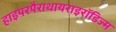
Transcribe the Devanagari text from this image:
हाइपरपैराथायराइरॉडिज्म